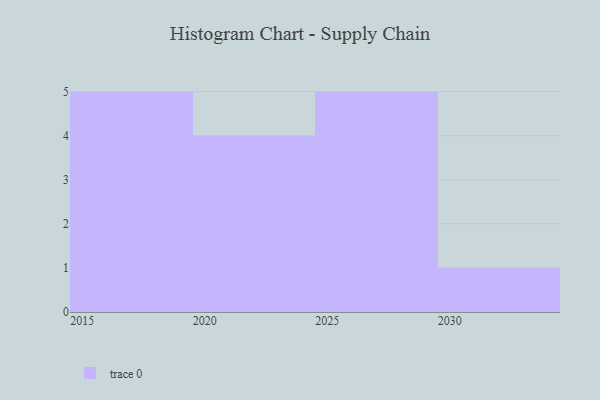
{"axis": {"x": "Year", "y": "Page Views"}, "legend": [""], "data": [{"x": "2018", "y": 33, "type": ""}, {"x": "2019", "y": 86, "type": ""}, {"x": "2028", "y": 19, "type": ""}, {"x": "2024", "y": 62, "type": ""}, {"x": "2026", "y": 78, "type": ""}, {"x": "2015", "y": 5, "type": ""}, {"x": "2022", "y": 64, "type": ""}, {"x": "2016", "y": 41, "type": ""}, {"x": "2017", "y": 43, "type": ""}, {"x": "2027", "y": 81, "type": ""}, {"x": "2029", "y": 100, "type": ""}, {"x": "2023", "y": 80, "type": ""}, {"x": "2025", "y": 47, "type": ""}, {"x": "2021", "y": 40, "type": ""}, {"x": "2030", "y": 31, "type": ""}]}